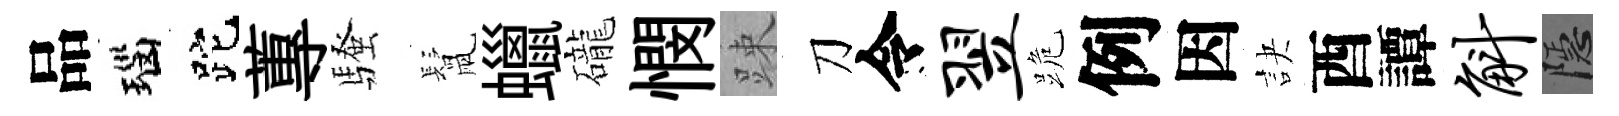
品瑙跎蓴騷鬛蠟礲憫踈刀令翌跪例因訣酉譚斛隱